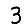
Digit: 3